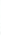
3.上美术课___